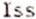
ISS